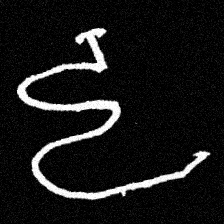
Pyu character \u2014 Myanmar letter: ဠ (romanized: lla)